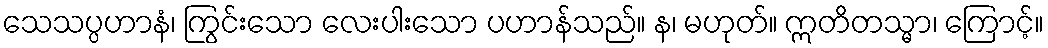
သေသပ္ပဟာနံ၊ ကြွင်းသော လေးပါးသော ပဟာန်သည်။ န၊ မဟုတ်။ ဣတိတသ္မာ၊ ကြောင့်။